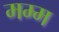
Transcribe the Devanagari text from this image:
मम्म